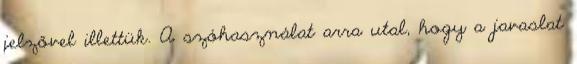
jelzővel illettük. A szóhasználat arra utal, hogy a javaslat